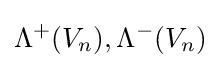
\Lambda ^{+}(V_{n}),\Lambda ^{-}(V_{n})